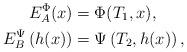
LaTeX: \begin{align*}\begin{aligned}E^\Phi_A(x) &= \Phi(T_1,x),\\E^\Psi_B\left(h(x)\right) &= \Psi\left(T_2, h(x)\right),\end{aligned}\end{align*}